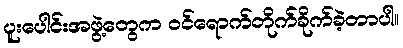
ပူးပေါင်းအဖွဲ့တွေက ဝင်ရောက်တိုက်ခိုက်ခဲ့တာပါ။